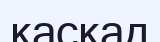
каскад